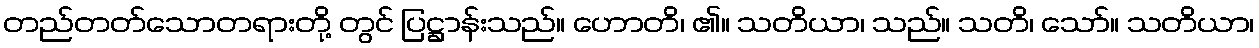
တည်တတ်သောတရားတို့ တွင် ပြဋ္ဌာန်းသည်။ ဟောတိ၊ ၏။ သတိယာ၊ သည်။ သတိ၊ သော်။ သတိယာ၊